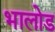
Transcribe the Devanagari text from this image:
भालोड